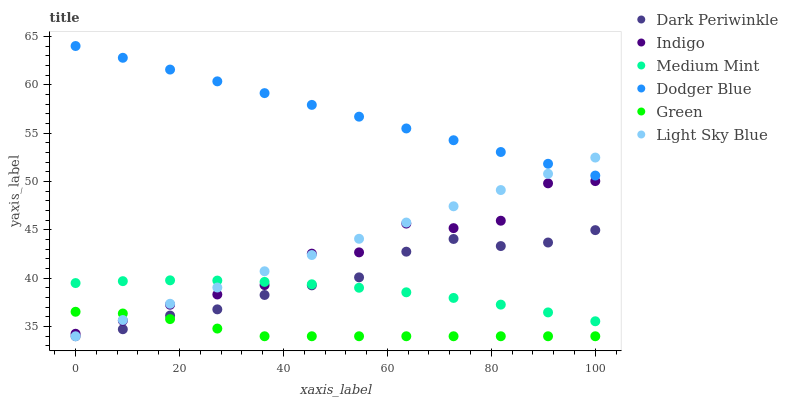
| xaxis_label | Dark Periwinkle | Indigo | Medium Mint | Dodger Blue | Green | Light Sky Blue |
 | --- | --- | --- | --- | --- | --- | --- |
 | 0 | 34 | 34.3 | 39.5 | 64 | 36.5 | 34 |
 | 9.09 | 34.7 | 35.6 | 39.7 | 62.8 | 36.4 | 35.7 |
 | 18.2 | 36.1 | 37.3 | 39.8 | 61.6 | 35.8 | 37.4 |
 | 27.3 | 36.8 | 38.3 | 39.8 | 60.3 | 34.8 | 39 |
 | 36.4 | 38.3 | 39.3 | 39.6 | 59.1 | 34 | 40.7 |
 | 45.5 | 39.3 | 42.5 | 39.4 | 57.9 | 34 | 42.4 |
 | 54.5 | 40.1 | 42.7 | 39 | 56.7 | 34 | 44.1 |
 | 63.6 | 42.7 | 45.6 | 38.5 | 55.5 | 34 | 45.8 |
 | 72.7 | 44.1 | 45.2 | 38 | 54.3 | 34 | 47.4 |
 | 81.8 | 43.3 | 45.9 | 37.3 | 53 | 34 | 49.1 |
 | 90.9 | 43.7 | 49.8 | 36.5 | 51.8 | 34 | 50.8 |
 | 100 | 45 | 50 | 35.5 | 50.6 | 34 | 52.5 |